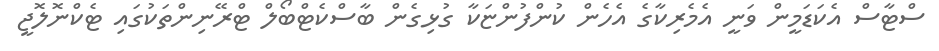
ސްޓާސް އެކަޑަމީން ވަނީ އެމެރިކާގެ އެހެން ކުންފުންޏަކާ ގުޅިގެން ބާސްކެޓްބޯލް ޓްރޭނިންތަކުގައި ޓެކްނޮލޮޖީ